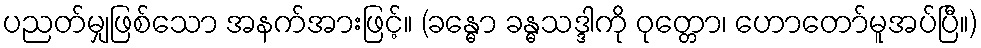
ပညတ်မျှဖြစ်သော အနက်အားဖြင့်။ (ခန္ဓော ခန္ဓသဒ္ဒါကို ဝုတ္တော၊ ဟောတော်မူအပ်ပြီ။)